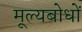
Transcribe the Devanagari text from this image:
मूल्यबोधों